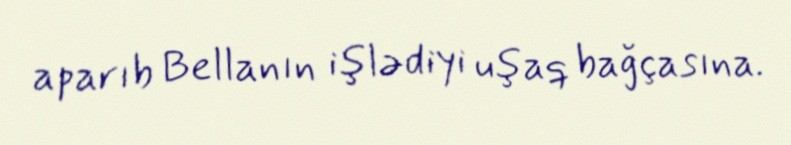
aparıb Bellanın işlədiyi uşaq bağçasına.